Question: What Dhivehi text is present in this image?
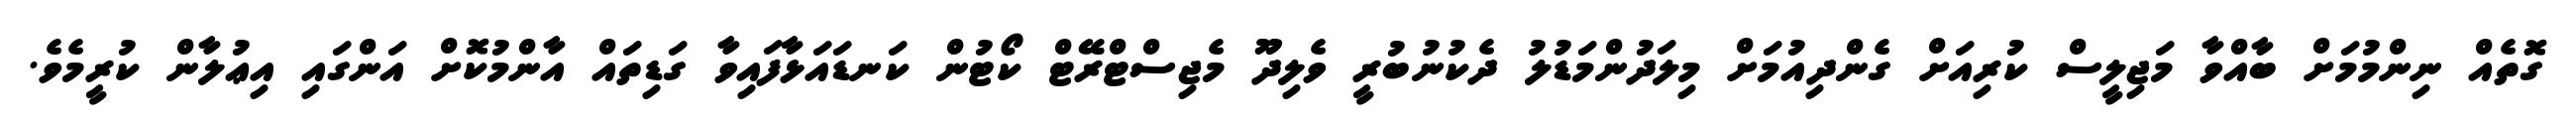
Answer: ގޮތެއް ނިންމުމަށް ބާއްވާ މަޖިލީސް ކުރިއަށް ގެންދިއުމަށް މިލަދުންމަޑުލު ދެކުނުބުރީ ވެލިދޫ މެޖިސްޓްރޭޓް ކޯޓުން ކަނޑައަޅާފައިވާ ގަޑިތައް އާންމުކޮށް އަންގައި އިޢުލާން ކުރީމެވެ.